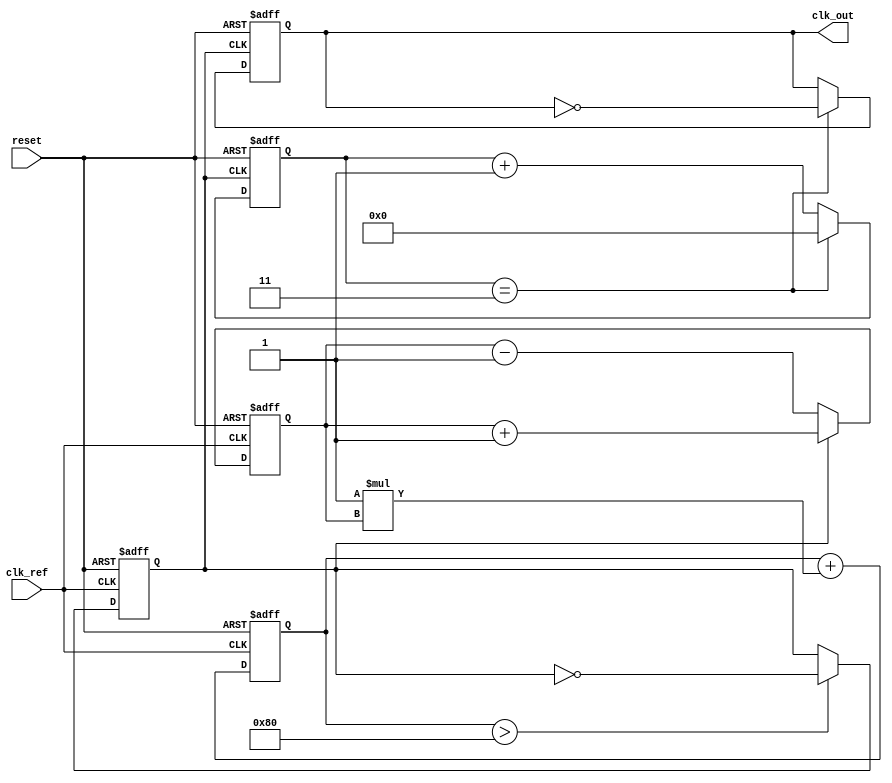
module dual_loop_pll (
    input wire clk_ref,           // Reference clock input
    input wire reset,             // Reset signal
    output reg clk_out            // Output clock
);

    // Parameters
    parameter N = 4;              // Frequency division factor
    parameter Kp_inner = 1;       // Proportional gain for inner loop
    parameter Kp_outer = 1;       // Proportional gain for outer loop
    parameter LF_size = 8;        // Loop filter size

    // Internal signals
    reg [LF_size-1:0] error_inner; // Inner loop error signal
    reg [LF_size-1:0] error_outer; // Outer loop error signal
    reg [LF_size-1:0] control_voltage; // Control voltage for VCO
    reg vco_output;               // VCO output signal
    reg [N-1:0] divider_count;    // Frequency divider count
    reg [1:0] state;              // State for the PLL

    // Phase Detector (PD)
    always @(posedge clk_ref or posedge reset) begin
        if (reset) begin
            error_inner <= 0;
        end else begin
            // Simple phase comparison logic
            if (vco_output) begin
                error_inner <= error_inner + 1; // Increment error
            end else begin
                error_inner <= error_inner - 1; // Decrement error
            end
        end
    end

    // Loop Filter (LF)
    always @(posedge clk_ref or posedge reset) begin
        if (reset) begin
            control_voltage <= 0;
        end else begin
            // Simple proportional control for loop filter
            control_voltage <= control_voltage + (Kp_inner * error_inner);
        end
    end

    // Voltage-Controlled Oscillator (VCO)
    always @(posedge clk_ref or posedge reset) begin
        if (reset) begin
            vco_output <= 0;
        end else begin
            // VCO output based on control voltage
            if (control_voltage > 128) begin
                vco_output <= ~vco_output; // Toggle output for simplicity
            end
        end
    end

    // Frequency Divider
    always @(posedge vco_output or posedge reset) begin
        if (reset) begin
            divider_count <= 0;
            clk_out <= 0;
        end else begin
            if (divider_count == N-1) begin
                clk_out <= ~clk_out; // Toggle output clock
                divider_count <= 0;   // Reset counter
            end else begin
                divider_count <= divider_count + 1; // Increment counter
            end
        end
    end

    // Outer Loop (Coarse Adjustment)
    always @(posedge clk_ref or posedge reset) begin
        if (reset) begin
            error_outer <= 0;
        end else begin
            // Simple logic for outer loop adjustment
            error_outer <= error_outer + (Kp_outer * (error_inner >> 1)); // Coarse adjustment
        end
    end

endmodule